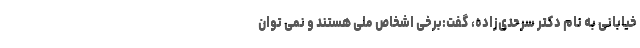
خیابانی به نام دکتر سرحدی‌زاده، گفت:برخی اشخاص ملی هستند و نمی توان